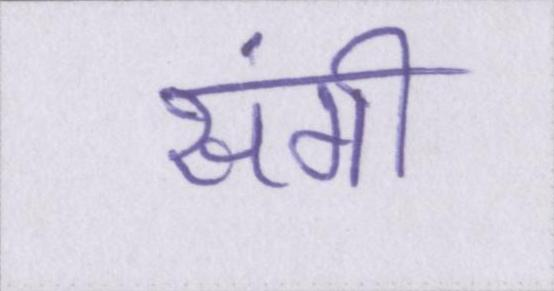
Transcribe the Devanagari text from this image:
संगी